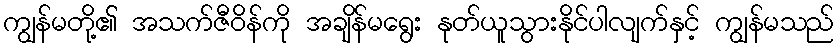
ကျွန်မတို့၏ အသက်ဇီဝိန်ကို အချိန်မရွေး နုတ်ယူသွားနိုင်ပါလျက်နှင့် ကျွန်မသည်